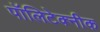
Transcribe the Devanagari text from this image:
पॉलिटेक्‍नीक